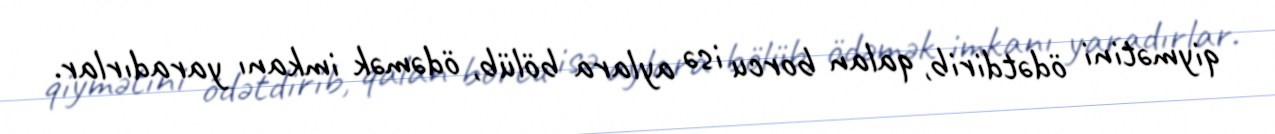
qiymətini ödətdirib, qalan borcu isə aylara bölüb, ödəmək imkanı yaradırlar.